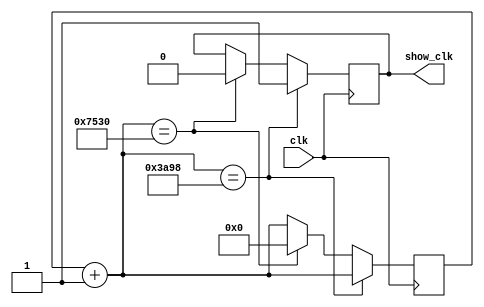
`timescale 1ns / 1ps
//////////////////////////////////////////////////////////////////////////////////
// Company: 
// Engineer: 
// 
// Design Name: 
// Module Name: xianshi_clk
// Project Name: 
// Target Devices: 
// Tool Versions: 
// Description: 
// 
// Dependencies: 
// 
// Revision:
// Revision 0.01 - File Created
// Additional Comments:
// 
//////////////////////////////////////////////////////////////////////////////////


module xianshi_clk(clk,show_clk);
input clk;
output reg show_clk;
reg [31:0]num;
initial
begin
    num=0;
    show_clk=0;
end
always@(posedge clk)
begin
    num=num+1;
    if(num==15000)
    begin
        show_clk=1;
    end
    else if(num==30000)
    begin
        show_clk=0;
        num=0;
    end
end
endmodule